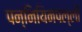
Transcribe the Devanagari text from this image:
पन्नियिनपल्ली